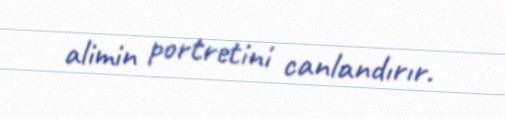
alimin portretini canlandırır.